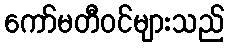
ကော်မတီဝင်များသည်